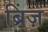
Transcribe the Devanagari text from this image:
ब्रिंज़